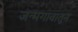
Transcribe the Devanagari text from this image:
जन्मगावातून